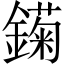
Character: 𲇣